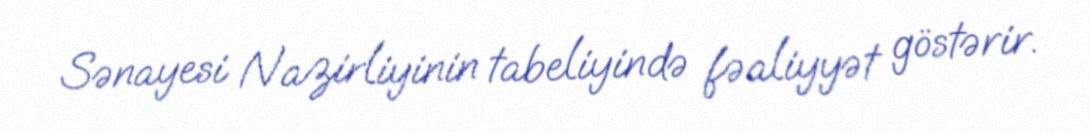
Sənayesi Nazirliyinin tabeliyində fəaliyyət göstərir.